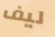
ليف